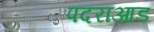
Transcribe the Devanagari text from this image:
पदराआड